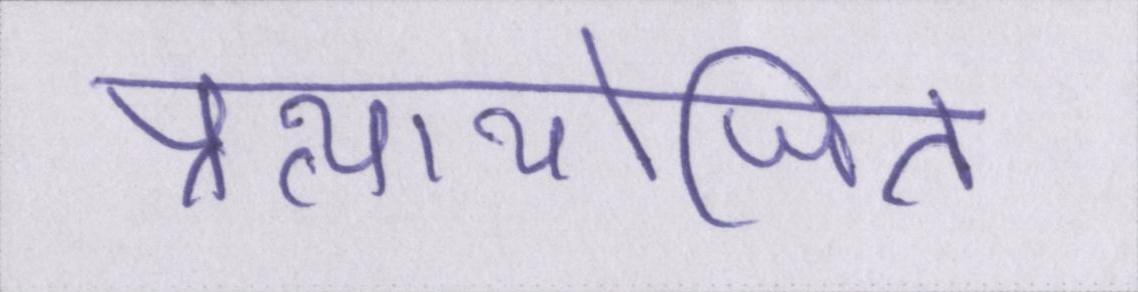
प्रत्यायोजित